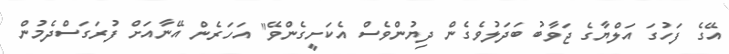
އޭގެ ފަހުގަ އަލްޔާގެ ޖަވާބު ބަދަލުވެގެން ދިޔުންވެސް އެކަށީގެންވޭ" އަހަރެން އޭނާއަށް ފުރަގަސްދެމުން